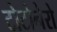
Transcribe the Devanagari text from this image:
टोटोनेरो